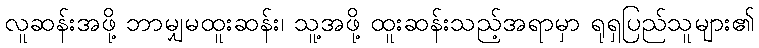
လူဆန်းအဖို့ ဘာမျှမထူးဆန်း၊ သူ့အဖို့ ထူးဆန်းသည့်အရာမှာ ရုရှပြည်သူများ၏